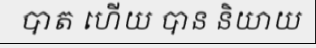
បាត ហើយ បាន និយាយ